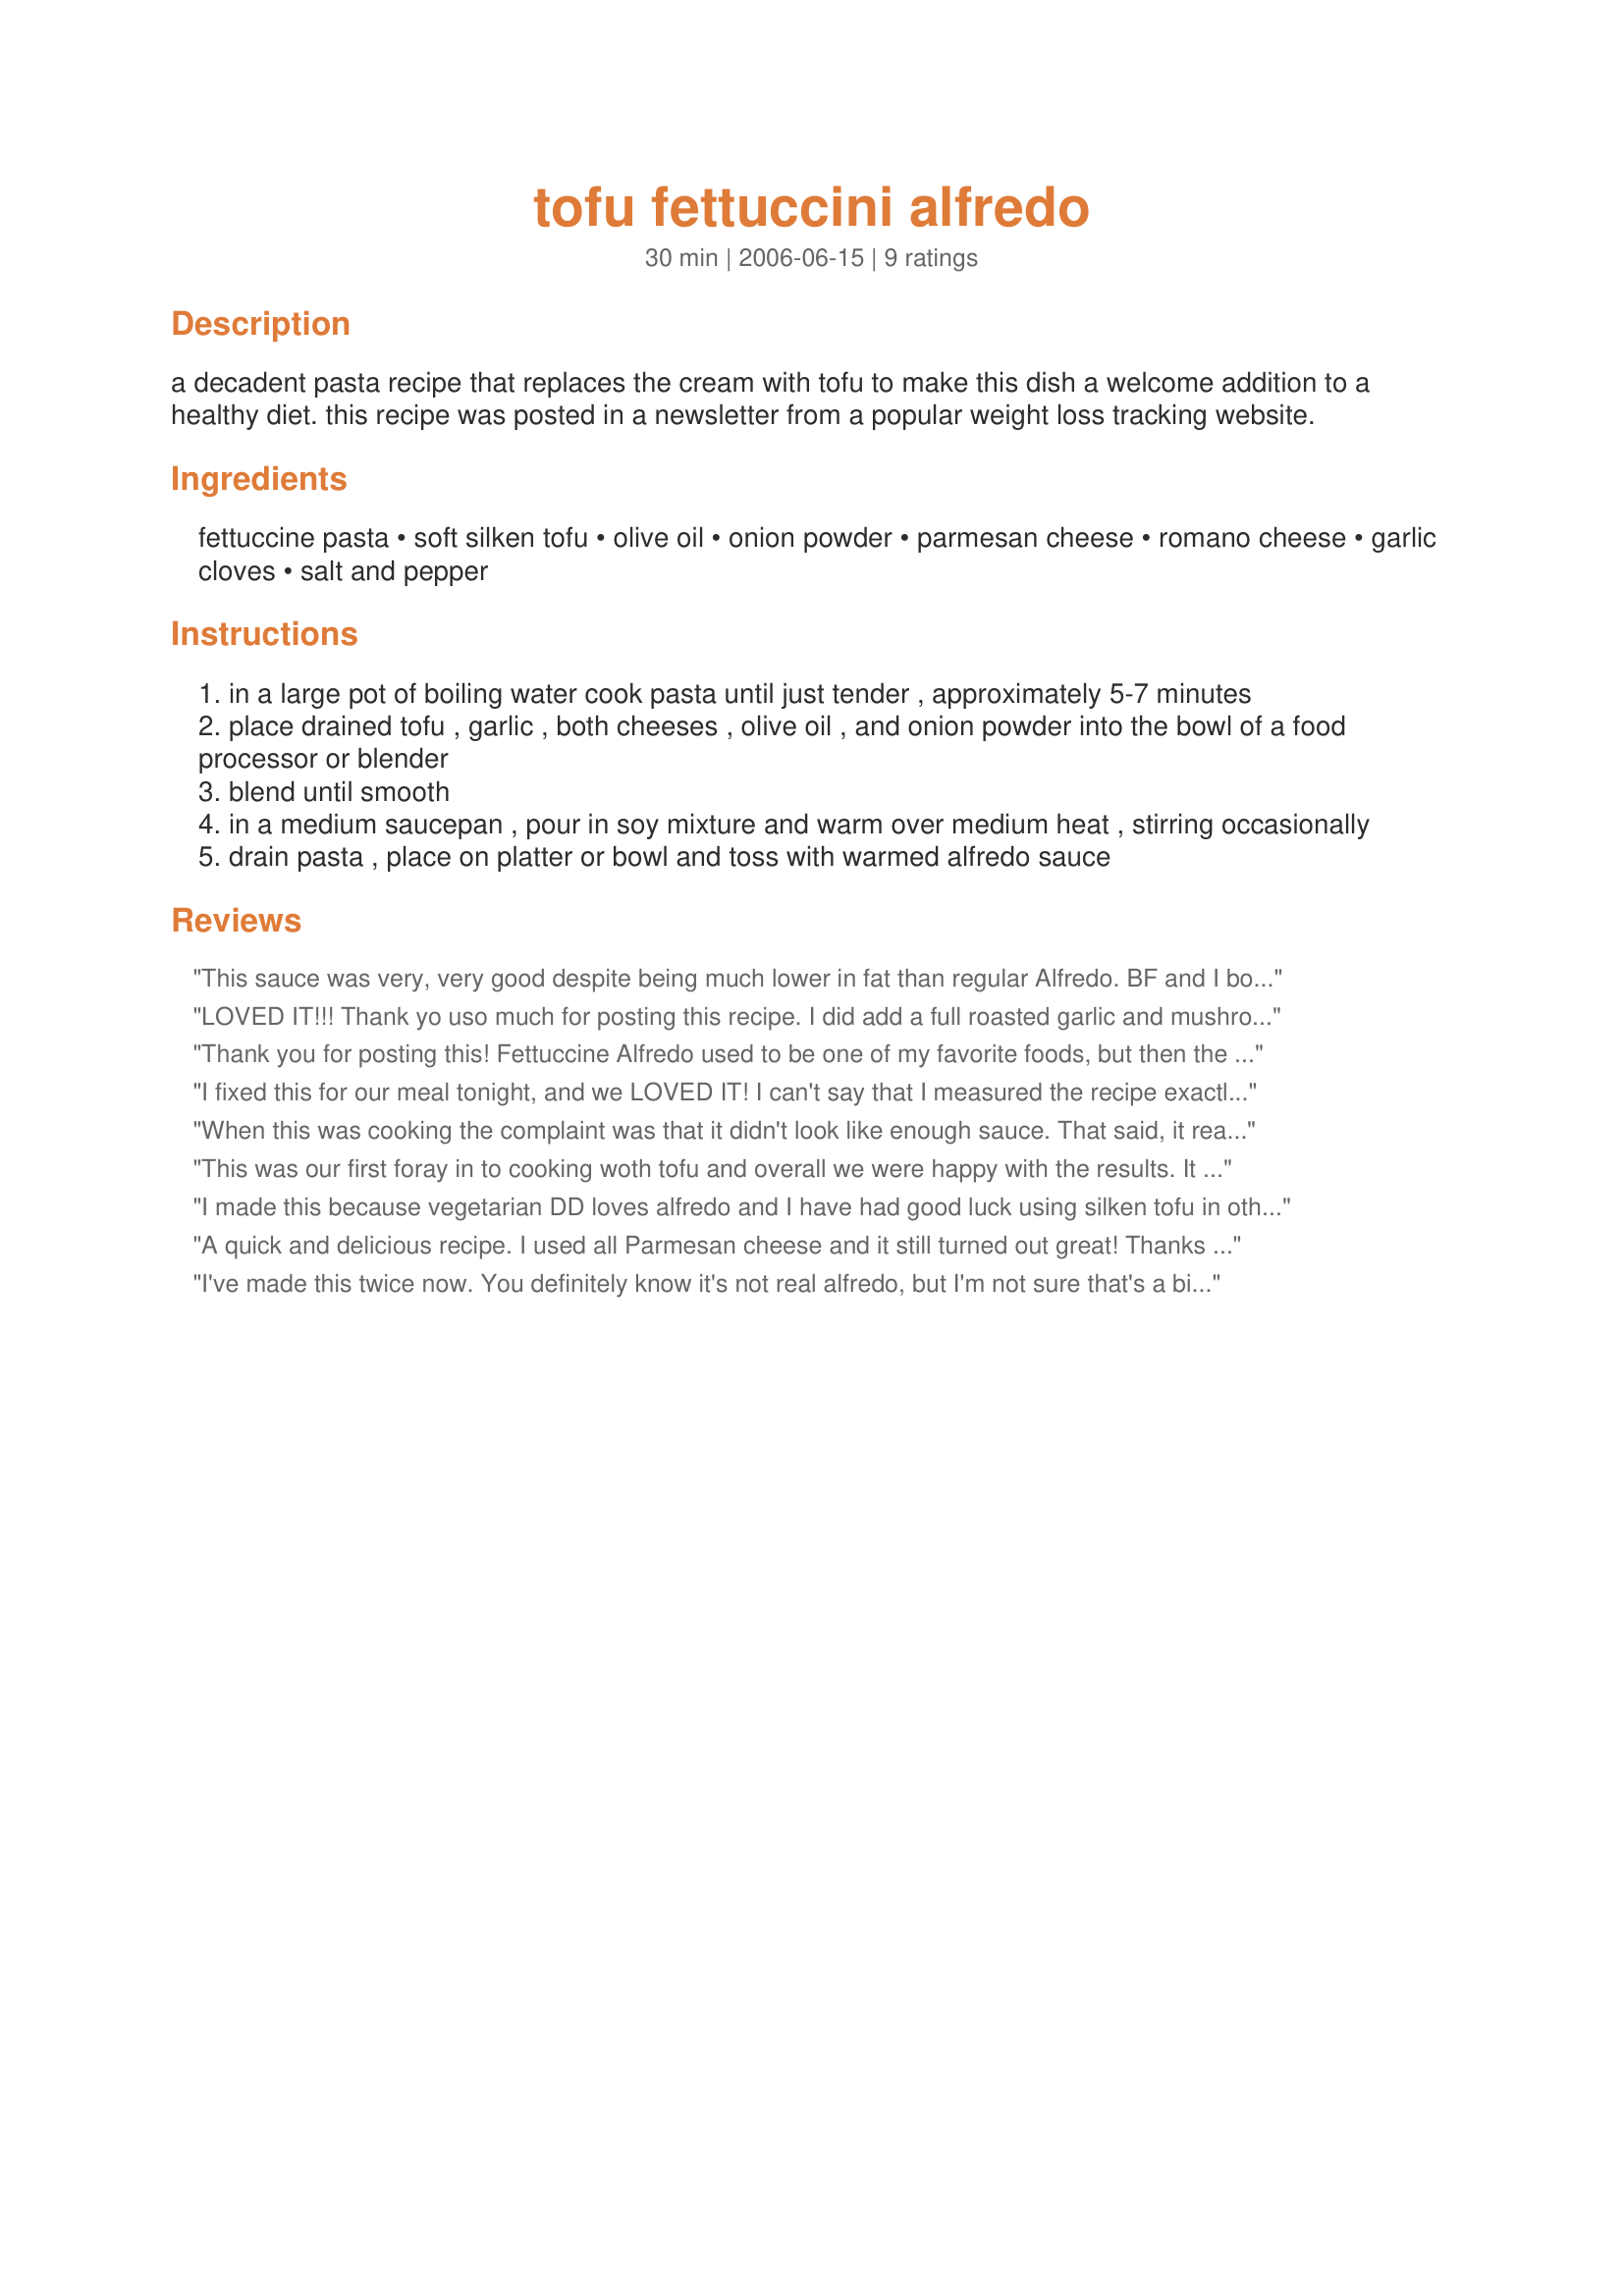
tofu fettuccini alfredo
Preparation time: 30 minutes

a decadent pasta recipe that replaces the cream with tofu to make this dish a welcome addition to a healthy diet. this recipe was posted in a newsletter from a popular weight loss tracking website.

Ingredients:
fettuccine pasta, soft silken tofu, olive oil, onion powder, parmesan cheese, romano cheese, garlic cloves, salt and pepper

Steps:
in a large pot of boiling water cook pasta until just tender , approximately 5-7 minutes
place drained tofu , garlic , both cheeses , olive oil , and onion powder into the bowl of a food processor or blender
blend until smooth
in a medium saucepan , pour in soy mixture and warm over medium heat , stirring occasionally
drain pasta , place on platter or bowl and toss with warmed alfredo sauce

Reviews:
This sauce was very, very good despite being much lower in fat than regular Alfredo. BF and I both highly endorse this recipe. It was easy to make too. I used a bit less olive oil and cheese, onion flakes instead of powder (was what I had) and the parmesan and romano cheese combination. I'm not sure how to measure 2 cups of fettuccine (or is it fettuccini? - no, I don't know from Italian:D) so I served it over 6 ounces pasta for the two of us. It was amazing how well the blended tofu mimicked the consistency of a good Alfredo sauce, and the two cheeses provided all of the necessary taste. I didn't bother mincing the garlic since I figured the blender would do it for me. BF and I were both pleased to have such a healthful alternative to traditional Alfredo sauce. We served it with some fat free veggie soup for an extremely satisfying Fall dinner. Thanks, I'd make this again!
LOVED IT!!! Thank yo uso much for posting this recipe. I did add a full roasted garlic and mushrooms with tons of parsley and basil. I don't think I would have known it was tofu if I didn't put it in myself. HUSBAND APPROVED!!!! (Although I have a very tolerent husband who will try anything.)
Thank you for posting this! Fettuccine Alfredo used to be one of my favorite foods, but then the amount of fat in it scared me well away. This is just as good and really hit the spot. I'll be making it again.
I fixed this for our meal tonight, and we LOVED IT! I can't say that I measured the recipe exactly, in fact there was alot of garlic (3 big cloves), and since I had no Romano cheese, I used Asiago with the Parmesan. We will have this again soon. Thanks for sharing Lauralie (we must be related somewhere---ha!)
When this was cooking the complaint was that it didn't look like enough sauce. That said, it really was plenty. While it didn't taste exactly like true alfredo, it had a nice taste and good consistency. I chose the recipe mainly to use up a box of tofu in my cabinet, but I would actually buy more tofu just for this recipe. Hey, the kids ate it willingly which is good!
This was our first foray in to cooking woth tofu and overall we were happy with the results. It is not quite the same taste or texture wise as traditional alfredo sauce however the savings on fat and calories are a plus - and are what will drive us to likely make this again. The recipe was made as written save using all parmesan instead of the parmesan and romano mixture.
I made this because vegetarian DD loves alfredo and I have had good luck using silken tofu in other blender recipes. I was pleased with how easy it was to prepare, however, it was not popular with our family. We tried adding more parmesan at the table, which helped. Everybody ate it, but they don't want me to make it again.
A quick and delicious recipe. I used all Parmesan cheese and it still turned out great! Thanks for a low fat version of a family favorite :)
I've made this twice now. You definitely know it's not real alfredo, but I'm not sure that's a big problem. I add nutmeg and pepper to it, and I have been using 16 oz tofu because that's the size it seems to come in around here. This last time I pureed a whole head of roasted garlic into the sauce as well. It is true, as another has stated, that it is best fresh and hot (in terms of consistency). We have been doing a lot of running lately, and the recommendation has been to eat a good protein meal the evening after the longer (10-11 mile) runs. This has good healthy protein, some carbs, and, along with some broccoli, is just a very healthy and satisfying meal.
